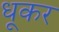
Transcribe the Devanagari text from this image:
धूकर